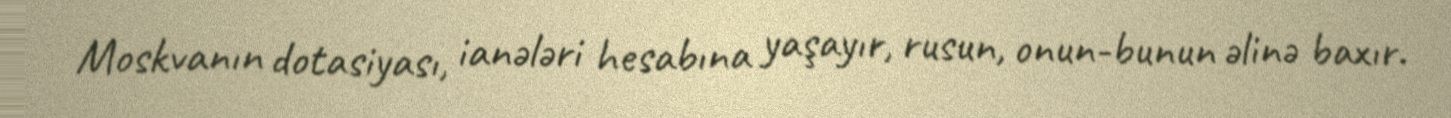
Moskvanın dotasiyası, ianələri hesabına yaşayır, rusun, onun-bunun əlinə baxır.